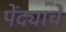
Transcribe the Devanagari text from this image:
पेंद्याचे